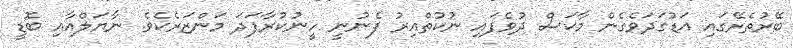
ބޭރުތެރޭގައި އަޑުގަދަވެގެން މާކަސް ދުވެފައި ނުކުތްއިރު ފެނުނީ ހީނުކުރާފަދަ މަންޒަރެކެވެ. ނާޔަލްއާއި ބޮޑީ